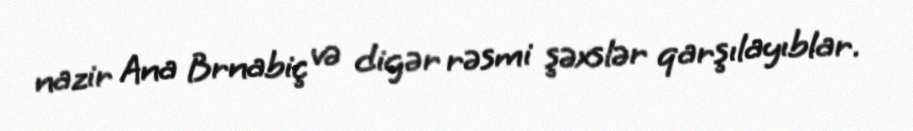
nazir Ana Brnabiç və digər rəsmi şəxslər qarşılayıblar.